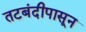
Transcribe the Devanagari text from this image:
तटबंदीपासून